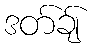
ဒတ်ချ်